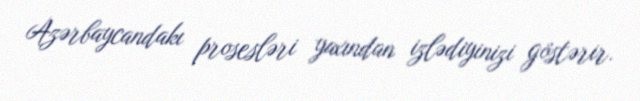
Azərbaycandakı prosesləri yaxından izlədiyinizi göstərir.